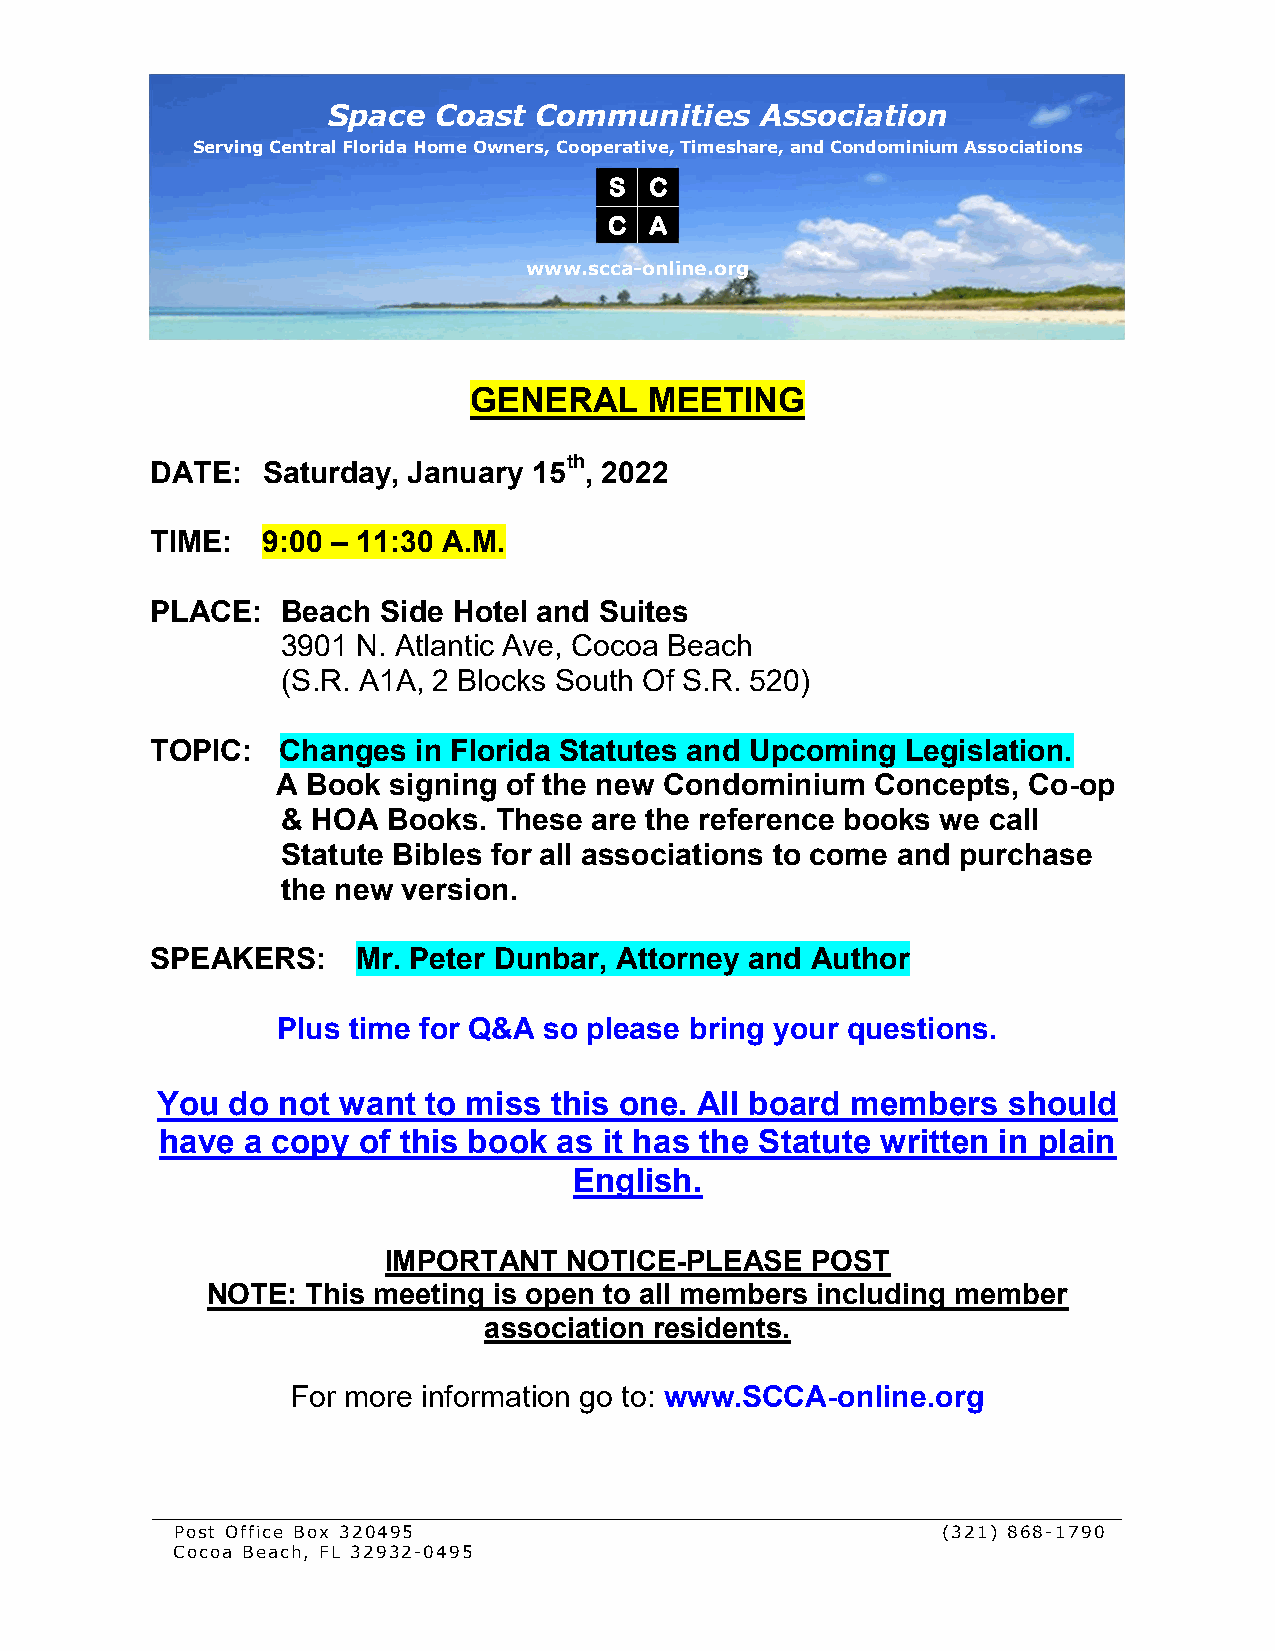
Space  Coast Communities    Association
 Serving Central Florida Home Owners, Cooperative, Timeshare, and Condominium Associations
 S  C
 C  A
 www.scca-online.org
 GENERAL     MEETING
 DATE:  Saturday, January 15th, 2022
 TIME:  9:00 – 11:30 A.M.
 PLACE:   Beach Side Hotel and Suites
 3901 N. Atlantic Ave, Cocoa Beach
 (S.R. A1A, 2 Blocks South Of S.R. 520)
 TOPIC:   Changes in Florida Statutes and Upcoming Legislation.
 A Book  signing of the new Condominium  Concepts, Co-op
 & HOA  Books. These are the reference books we call
 Statute Bibles for all associations to come and purchase
 the new version.
 SPEAKERS:     Mr. Peter Dunbar, Attorney and Author
 Plus time for Q&A so please bring your questions.
 You  do not want  to miss this one. All board members    should
 have a copy  of this book as it has the Statute written in plain
 English.
 IMPORTANT   NOTICE-PLEASE    POST
 NOTE: This meeting is open to all members including member
 association residents.
 For more information go to: www.SCCA-online.org
 __________________________________________________________________________________________________________________
 Post Office Box 320495                            (321) 868-1790
 Cocoa Beach, FL 32932-0495